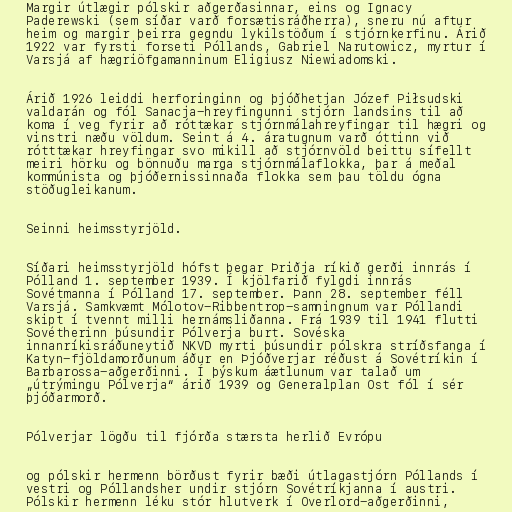
Margir útlægir pólskir aðgerðasinnar, eins og Ignacy
Paderewski (sem síðar varð forsætisráðherra), sneru nú aftur
heim og margir þeirra gegndu lykilstöðum í stjórnkerfinu. Árið
1922 var fyrsti forseti Póllands, Gabriel Narutowicz, myrtur í
Varsjá af hægriöfgamanninum Eligiusz Niewiadomski.

Árið 1926 leiddi herforinginn og þjóðhetjan Józef Piłsudski
valdarán og fól Sanacja-hreyfingunni stjórn landsins til að
koma í veg fyrir að róttækar stjórnmálahreyfingar til hægri og
vinstri næðu völdum. Seint á 4. áratugnum varð óttinn við
rótttækar hreyfingar svo mikill að stjórnvöld beittu sífellt
meiri hörku og bönnuðu marga stjórnmálaflokka, þar á meðal
kommúnista og þjóðernissinnaða flokka sem þau töldu ógna
stöðugleikanum.

Seinni heimsstyrjöld.

Síðari heimsstyrjöld hófst þegar Þriðja ríkið gerði innrás í
Pólland 1. september 1939. Í kjölfarið fylgdi innrás
Sovétmanna í Pólland 17. september. Þann 28. september féll
Varsjá. Samkvæmt Mólotov-Ribbentrop-samningnum var Póllandi
skipt í tvennt milli hernámsliðanna. Frá 1939 til 1941 flutti
Sovétherinn þúsundir Pólverja burt. Sovéska
innanríkisráðuneytið NKVD myrti þúsundir pólskra stríðsfanga í
Katyn-fjöldamorðunum áður en Þjóðverjar réðust á Sovétríkin í
Barbarossa-aðgerðinni. Í þýskum áætlunum var talað um
„útrýmingu Pólverja“ árið 1939 og Generalplan Ost fól í sér
þjóðarmorð.

Pólverjar lögðu til fjórða stærsta herlið Evrópu

og pólskir hermenn börðust fyrir bæði útlagastjórn Póllands í
vestri og Póllandsher undir stjórn Sovétríkjanna í austri.
Pólskir hermenn léku stór hlutverk í Overlord-aðgerðinni,